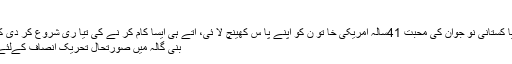
جانئے
Next article21سالہ پا کستانی نو جوان کی محبت 41سالہ امریکی خا تو ن کو اپنے پا س کھینچ لا ئی، آتے ہی ایسا کام کر نے کی تیا ری شروع کر دی کہ ہر کو ئی حیران رہ گیا
بنی گالہ میں صورتحال تحریک انصاف کےلئے تشویشناک ہو گئی پی...